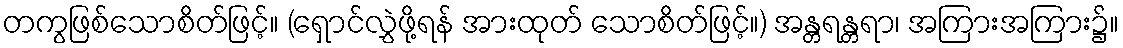
တကွဖြစ်သောစိတ်ဖြင့်။ (ရှောင်လွှဲဖို့ရန် အားထုတ် သောစိတ်ဖြင့်။) အန္တရန္တရာ၊ အကြားအကြား၌။